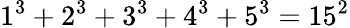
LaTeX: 1^{3}+2^{3}+3^{3}+4^{3}+5^{3}=15^{2}